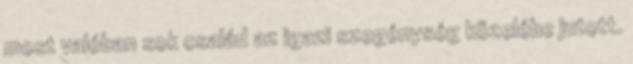
most valóban sok család az igazi szegénység közelébe jutott.